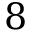
8